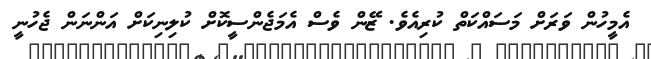
އެމީހުން ވަރަށް މަސައްކަތް ކުރިއެވެ. ޒޭން ވެސް އެމަޖެންސީކޮށް ކުލިނިކަށް އަންނަން ޖެހުނީ